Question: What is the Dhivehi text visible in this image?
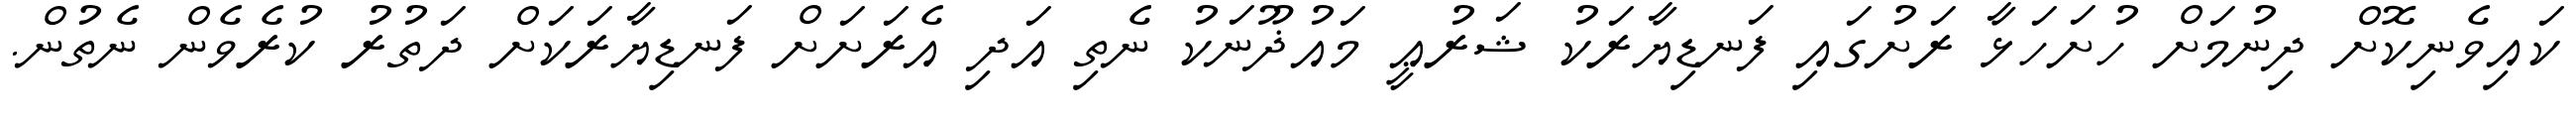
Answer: ކައިވެނިކޮށް ދިނުމަށް ހުށަހަޅާ ރަށުގައި ފަނޑިޔާރަކު ޝަރުޢީ މައުޛޫނަކު ނެތި އަދި އެރަށަށް ފަނޑިޔާރަކަށް ދަތުރު ކުރެވެން ނެތުން.